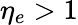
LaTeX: \eta_{e}>1